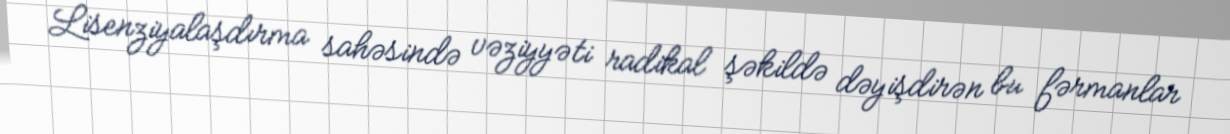
Lisenziyalaşdırma sahəsində vəziyyəti radikal şəkildə dəyişdirən bu fərmanlar